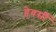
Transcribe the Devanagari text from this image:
हेवर्सी